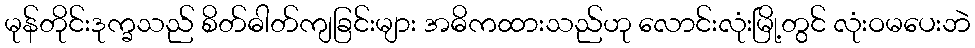
မုန်တိုင်းဒုက္ခသည် စိတ်ဓါတ်ကျခြင်းများ အဓိကထားသည်ဟု လောင်းလုံးမြို့တွင် လုံးဝမပေးဘဲ